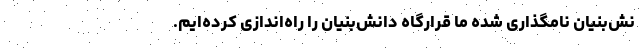
نش‌بنیان نامگذاری شده ما قرارگاه دانش‌بنیان را راه‌اندازی کرده‌ایم.